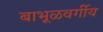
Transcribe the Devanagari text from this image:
बाभूळवर्गीय